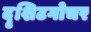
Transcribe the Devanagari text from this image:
दृशिटगोचर